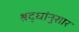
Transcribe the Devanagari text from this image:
श्रद्धांनुसार